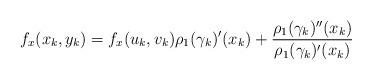
LaTeX: \begin{align*} f_x(x_k,y_k)=f_x(u_k,v_k)\rho_1(\gamma_k)'(x_k) + \frac{\rho_1(\gamma_k)''(x_k)}{\rho_1(\gamma_k)'(x_k)} \end{align*}